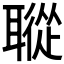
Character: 𦗜